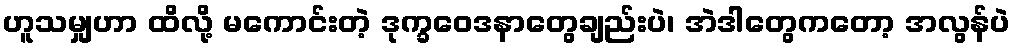
ဟူသမျှဟာ ထိလို့ မကောင်းတဲ့ ဒုက္ခဝေဒနာတွေချည်းပဲ၊ အဲဒါတွေကတော့ အလွန်ပဲ